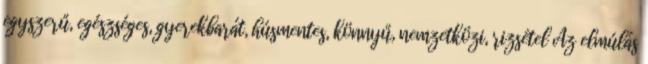
egyszerű, egészséges, gyerekbarát, húsmentes, könnyű, nemzetközi, rizsétel Az elmúlás